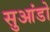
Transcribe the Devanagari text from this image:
सुआंडो